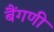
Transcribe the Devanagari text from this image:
बैंगणी